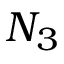
N _ { 3 }